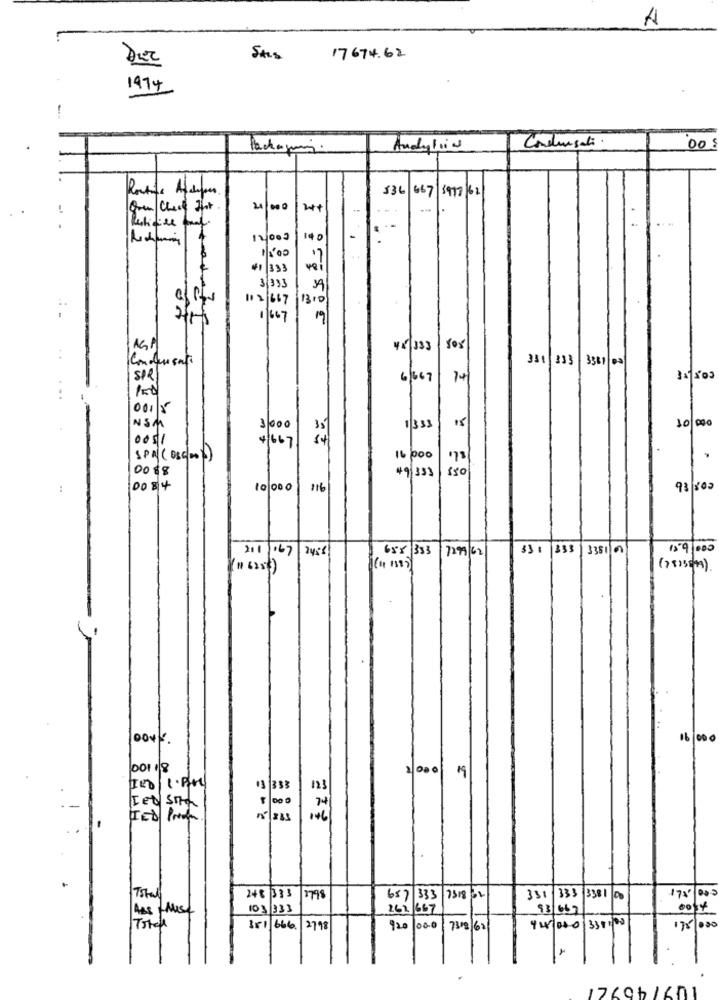
A
17674.62
1974
Packageis.
Andyloin
Condensati
536 667|1977/62
Quen Chere Int.
24+
- -
. .
12000
140
1500
#1 333
3/333
112 667
1310
1/667
AGP
44 333
Condensate
331 333 3561 03
SPR
6/667
14
00115
10 000
NSM
31000
1333
0051
4/667
SPA ( OSGOOD)
16/000
00 $8
49 333
:
DO 84
116
93 800
211/167
658 333 7299 62
331 333
3381 00
159,000
YH 6254)
DOVS.
19
74
Iet sote
ICD Prof
146
bLt
Tstal
248 333
/7318/2
331
333 3381 00
17'
262 667
93/667
0014
/03/333
14/020 338:00
351 666 |2798
120/000 73/8/62
175/000
17696/601